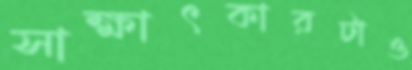
সাক্ষাৎকারটাও